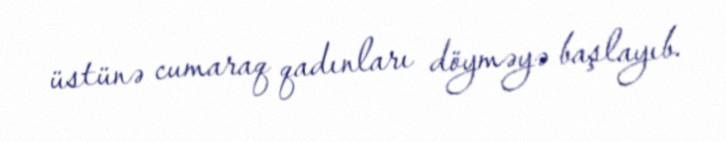
üstünə cumaraq qadınları döyməyə başlayıb.